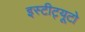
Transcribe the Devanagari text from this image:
इस्टीट्यूटो